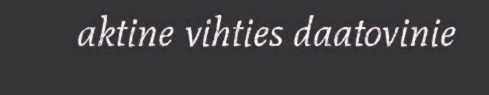
aktine vihties daatovinie